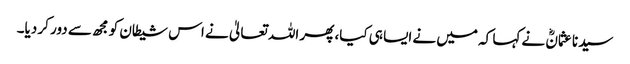
سیدنا عثمانؓ نے کہا کہ میں نے ایسا ہی کیا، پھر اللہ تعالیٰ نے اس شیطان کو مجھ سے دور کر دیا۔